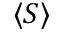
\langle S \rangle